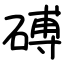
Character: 磗